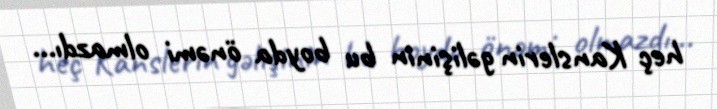
heç Kanslerin gəlişinin bu boyda önəmi olmazdı...